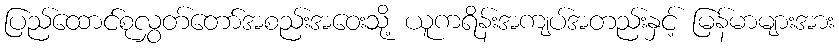
ပြည်ထောင်စုလွှတ်တော်အစည်းအဝေးသို့ ယူကရိန်းအကျပ်အတည်းနှင့် မြန်မာများအား